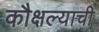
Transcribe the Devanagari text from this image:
कौक्षल्याची